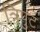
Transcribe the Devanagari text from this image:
त्रिपुट